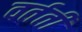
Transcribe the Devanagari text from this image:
वर्तती